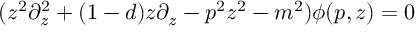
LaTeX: ( z ^ { 2 } \partial _ { z } ^ { 2 } + ( 1 - d ) z \partial _ { z } - p ^ { 2 } z ^ { 2 } - m ^ { 2 } ) \phi ( p , z ) = 0